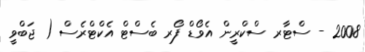
2008 - ސްޓާރ ސްކްރީން އެވޯޑް ފޯރ ބެސްޓް އެކްޓްރެސް ( ޖަބްވީ